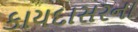
કાયદાસરના